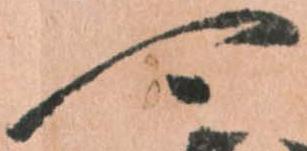
可